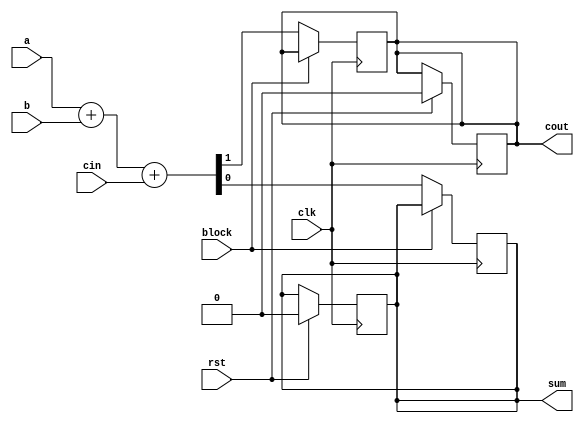

module full_adder_behavioral_module (clk,rst,a, b, cin, sum, cout,block);
	
	input clk,rst,a,b,cin,block;
	
	output reg sum, cout;
		
	initial begin 
		sum=0;cout =0;		
	end
	
	
	
	always@(posedge clk)
	begin
		if(block == 1'b0) begin
			{cout, sum} <= a + b + cin;
		end
	end
	
	
	always @(posedge clk) begin
		if(rst == 1'b1) begin
			sum = 0; cout = 0;
		end
		
	end
endmodule